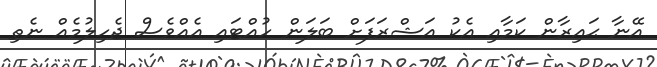
އޭނާ ޙައިރާން ކަމާއި އެކު އަޝްރަފަށް ބަލަން ހުއްޓައި އެއްވެސް ޖެހިލުމެއް ނެތި